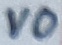
Text: VO